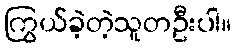
ကြွယ်ခဲ့တဲ့သူတဦးပါ။